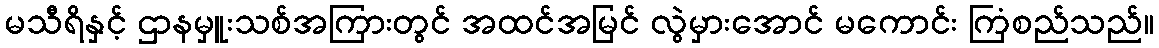
မသီရိနှင့် ဌာနမှူးသစ်အကြားတွင် အထင်အမြင် လွဲမှားအောင် မကောင်း ကြံစည်သည်။